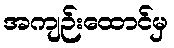
အကျဉ်းထောင်မှ